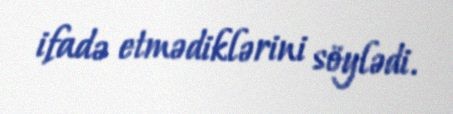
ifadə etmədiklərini söylədi.